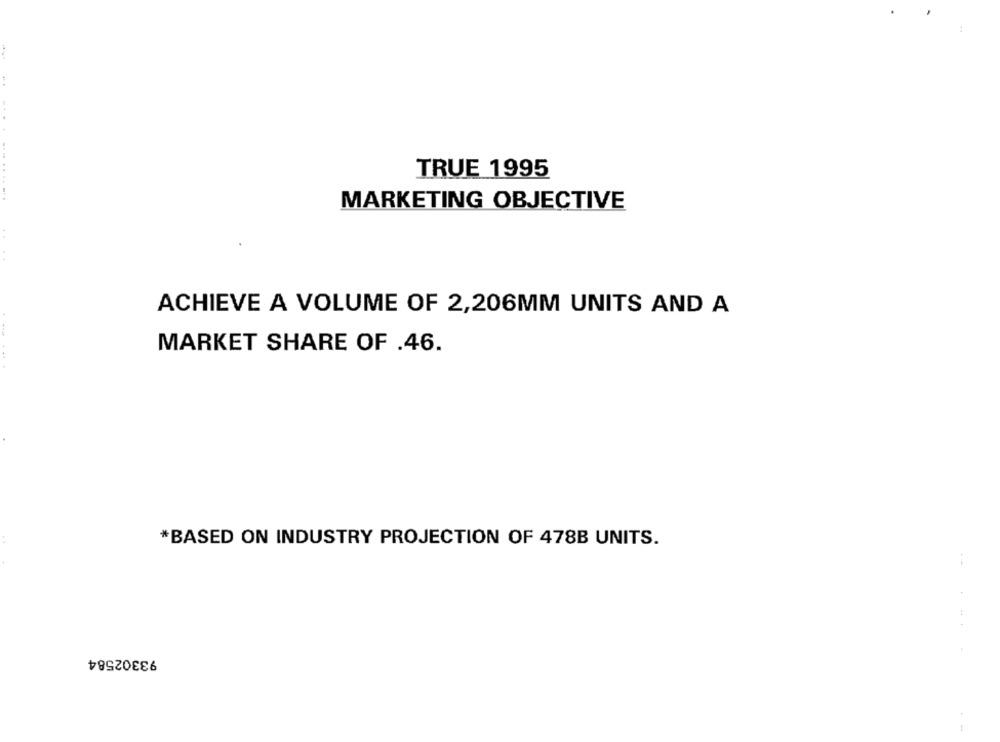
TRUE 1995
........ ..
MARKETING OBJECTIVE
ACHIEVE A VOLUME OF 2,206MM UNITS AND A
MARKET SHARE OF .46.
*BASED ON INDUSTRY PROJECTION OF 478B UNITS.
93302584